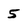
Character: 5